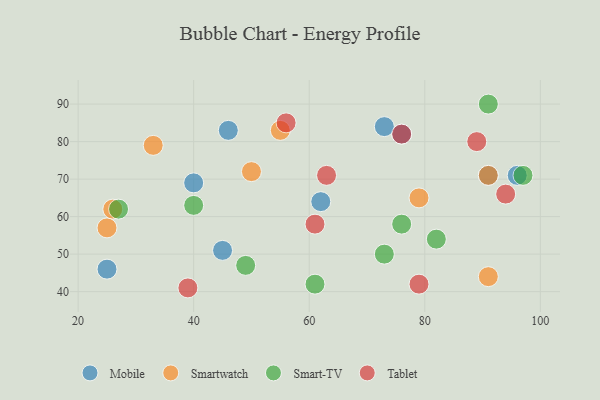
{"axis": {"x": "GDP", "y": "Life Expectancy"}, "legend": ["Mobile", "Smart-TV", "Smartwatch", "Tablet"], "data": [{"x": "45", "y": 51, "type": "Mobile"}, {"x": "96", "y": 71, "type": "Mobile"}, {"x": "25", "y": 46, "type": "Mobile"}, {"x": "76", "y": 82, "type": "Mobile"}, {"x": "46", "y": 83, "type": "Mobile"}, {"x": "91", "y": 71, "type": "Mobile"}, {"x": "73", "y": 84, "type": "Mobile"}, {"x": "62", "y": 64, "type": "Mobile"}, {"x": "40", "y": 69, "type": "Mobile"}, {"x": "55", "y": 83, "type": "Smartwatch"}, {"x": "25", "y": 57, "type": "Smartwatch"}, {"x": "79", "y": 65, "type": "Smartwatch"}, {"x": "33", "y": 79, "type": "Smartwatch"}, {"x": "26", "y": 62, "type": "Smartwatch"}, {"x": "91", "y": 44, "type": "Smartwatch"}, {"x": "50", "y": 72, "type": "Smartwatch"}, {"x": "91", "y": 71, "type": "Smartwatch"}, {"x": "27", "y": 62, "type": "Smart-TV"}, {"x": "82", "y": 54, "type": "Smart-TV"}, {"x": "49", "y": 47, "type": "Smart-TV"}, {"x": "97", "y": 71, "type": "Smart-TV"}, {"x": "91", "y": 90, "type": "Smart-TV"}, {"x": "73", "y": 50, "type": "Smart-TV"}, {"x": "61", "y": 42, "type": "Smart-TV"}, {"x": "40", "y": 63, "type": "Smart-TV"}, {"x": "76", "y": 58, "type": "Smart-TV"}, {"x": "56", "y": 85, "type": "Tablet"}, {"x": "94", "y": 66, "type": "Tablet"}, {"x": "63", "y": 71, "type": "Tablet"}, {"x": "61", "y": 58, "type": "Tablet"}, {"x": "76", "y": 82, "type": "Tablet"}, {"x": "79", "y": 42, "type": "Tablet"}, {"x": "89", "y": 80, "type": "Tablet"}, {"x": "39", "y": 41, "type": "Tablet"}]}